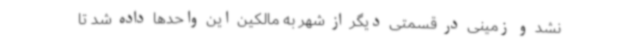
نشد و زمینی در قسمتی دیگر از شهر به مالکین این واحدها داده شد تا